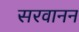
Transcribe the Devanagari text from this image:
सरवानन